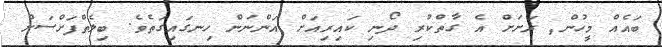
ބައެއް މީހުން